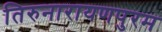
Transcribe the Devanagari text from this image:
तिरुनारायणपुरम